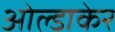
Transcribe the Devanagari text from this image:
ओल्डाकेर